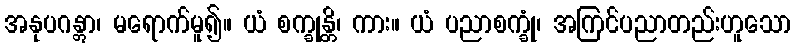
အနုပဂန္တွာ၊ မရောက်မူ၍။ ယံ စက္ခုန္တိ၊ ကား။ ယံ ပညာစက္ခုံ၊ အကြင်ပညာတည်းဟူသော